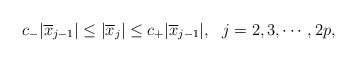
\begin{align*}c_{-}|\overline{x}_{j-1}|\leq|\overline{x}_{j}|\leq c_{+}|\overline{x}_{j-1}|,\ \ j=2,3,\cdots,2p,\end{align*}